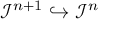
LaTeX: { \mathcal { I } } ^ { n + 1 } \hookrightarrow { \mathcal { I } } ^ { n }